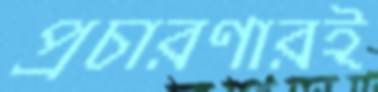
প্রচারণারই